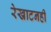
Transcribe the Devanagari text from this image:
रेखाटनही